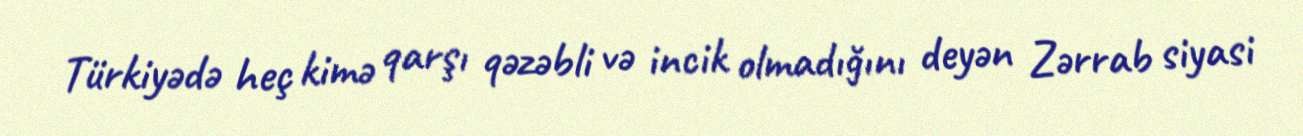
Türkiyədə heç kimə qarşı qəzəbli və incik olmadığını deyən Zərrab siyasi